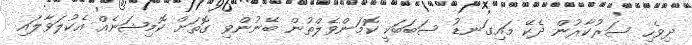
ދިވެހި ސަރުކާރުން ދެކޭ މައިގަނޑު ސަބަބަކީ ކޮމަންވެލްތުން ބޭނުންވި ގޮތަށް ކޮމިޝަނެއް އެކުލަވާލައި